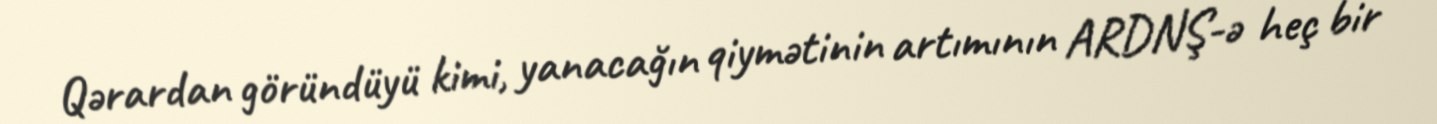
Qərardan göründüyü kimi, yanacağın qiymətinin artımının ARDNŞ-ə heç bir